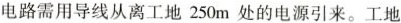
电路需用导线从离工地250m处的电源引来。工地